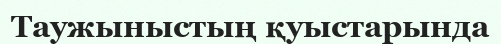
Таужыныстың қуыстарында